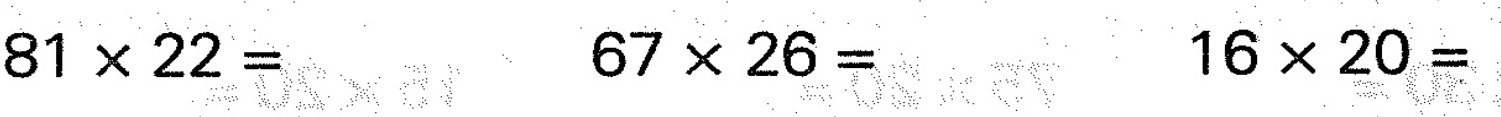
$$8 1 \times 2 2 =$$ $$6 7 \times 2 6 =$$ $$1 6 \times 2 0 =$$